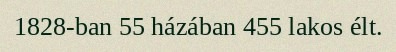
1828-ban 55 házában 455 lakos élt.